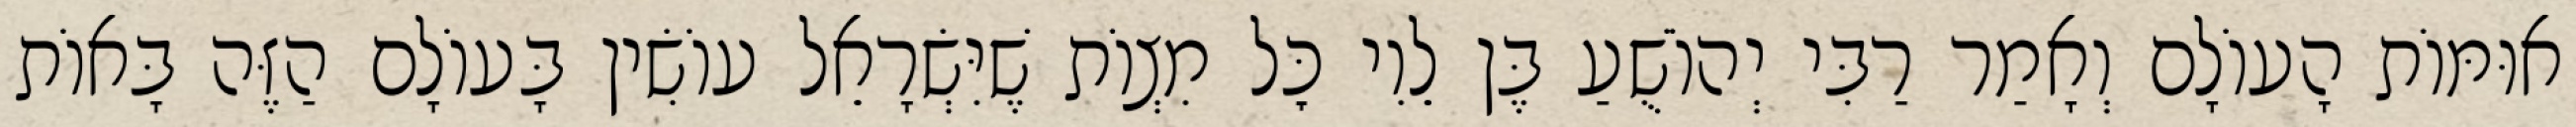
אוּמּוֹת הָעוֹלָם וְאָמַר רַבִּי יְהוֹשֻׁעַ בֶּן לֵוִי כׇּל מִצְוֹת שֶׁיִּשְׂרָאֵל עוֹשִׂין בָּעוֹלָם הַזֶּה בָּאוֹת